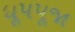
ધૂપપૂજા